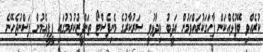
ކުރެއްވި ބޭފުޅެއްކަން ފާހަގަކުރައްވަމުން އަދީބު ވިދާޅުވީ ސަރުކާރުގެ މެނިފެސްޓޯ ތަންފީޒުކުރުމުގައި ޕީޕީއެމުން ފަސްނުޖެހޭނެ